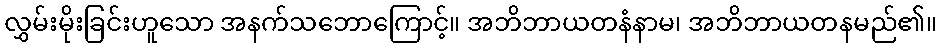
လွှမ်းမိုးခြင်းဟူသော အနက်သဘောကြောင့်။ အဘိဘာယတနံနာမ၊ အဘိဘာယတနမည်၏။